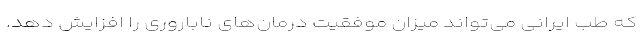
که طب ایرانی می‌تواند میزان موفقیت درمان‌های ناباروری را افزایش دهد.